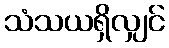
သံသယရှိလျှင်